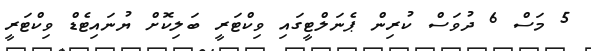
5 މަސް 6 ދުވަސް ކުރިން ޕެނަލްޓީގައި ވިކްޓަރީ ބަލިކޮށް ޔުނައިޓެޑް ވިކްޓަރީ